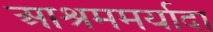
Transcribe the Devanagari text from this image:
आश्रममर्यादा